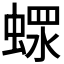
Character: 𧎖